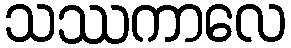
သဿကာလေ